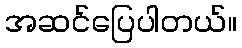
အဆင်ပြေပါတယ်။